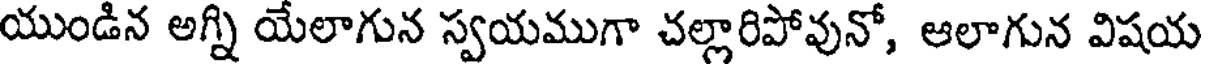
యుండిన అగ్ని యేలాగున స్వయముగా చల్లారిపోవునో, ఆలాగున విషయ